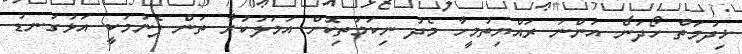
ޚިދުމަތް ހޯދަން އަންނަ ރައްޔިތުމީހާ މެދު ނިކަމަތިކޮށް އަމަލުކުރާ ތަން ފެނުމަކީ އަޅުގަނޑު